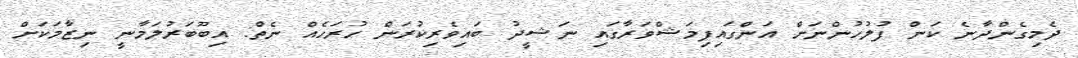
ދެމިގެންދާނެ ކަން ފުލުހުންނަށް އަންގައިފިމަޝްވަރާގައި ނަޝީދު ބައިވެރިކުރަން ހުރަހެއް ނެތް: އިބޫބަރުލަމާނީ ނިޒާމަކަށް